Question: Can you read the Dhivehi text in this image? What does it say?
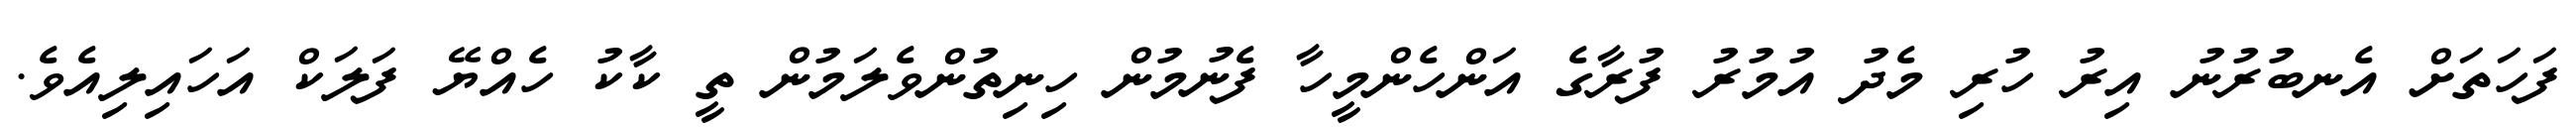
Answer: ފަހަތަށް އެނބުރުނު އިރު ހުރި މެދު އުމުރު ފުރާގެ އަންހެންމީހާ ފެނުމުން ހިނިތުންވެލަމުން ތީ ކާކު ހެއްޔޭ ފަލަކް އަހައިލިއެވެ.